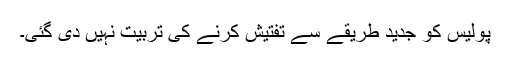
پولیس کو جدید طریقے سے تفتیش کرنے کی تربیت نہیں دی گئی۔